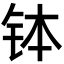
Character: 钵